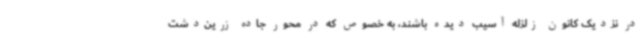
در نزدیک کانون زلزله آسیب دیده باشند، به خصوص که در محور جاده زرین‌دشت